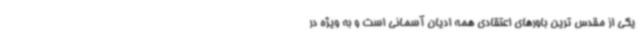
یکی از مقدس ترین باورهای اعتقادی همه ادیان آسمانی است و به ویژه در